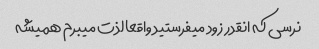
نرسی که انقدر زود میفرستید واقعا لذت میبرم همیشه